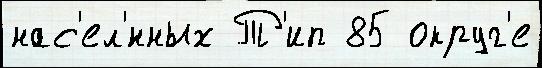
нас'ел'́нных Т'ип 85 округ'е